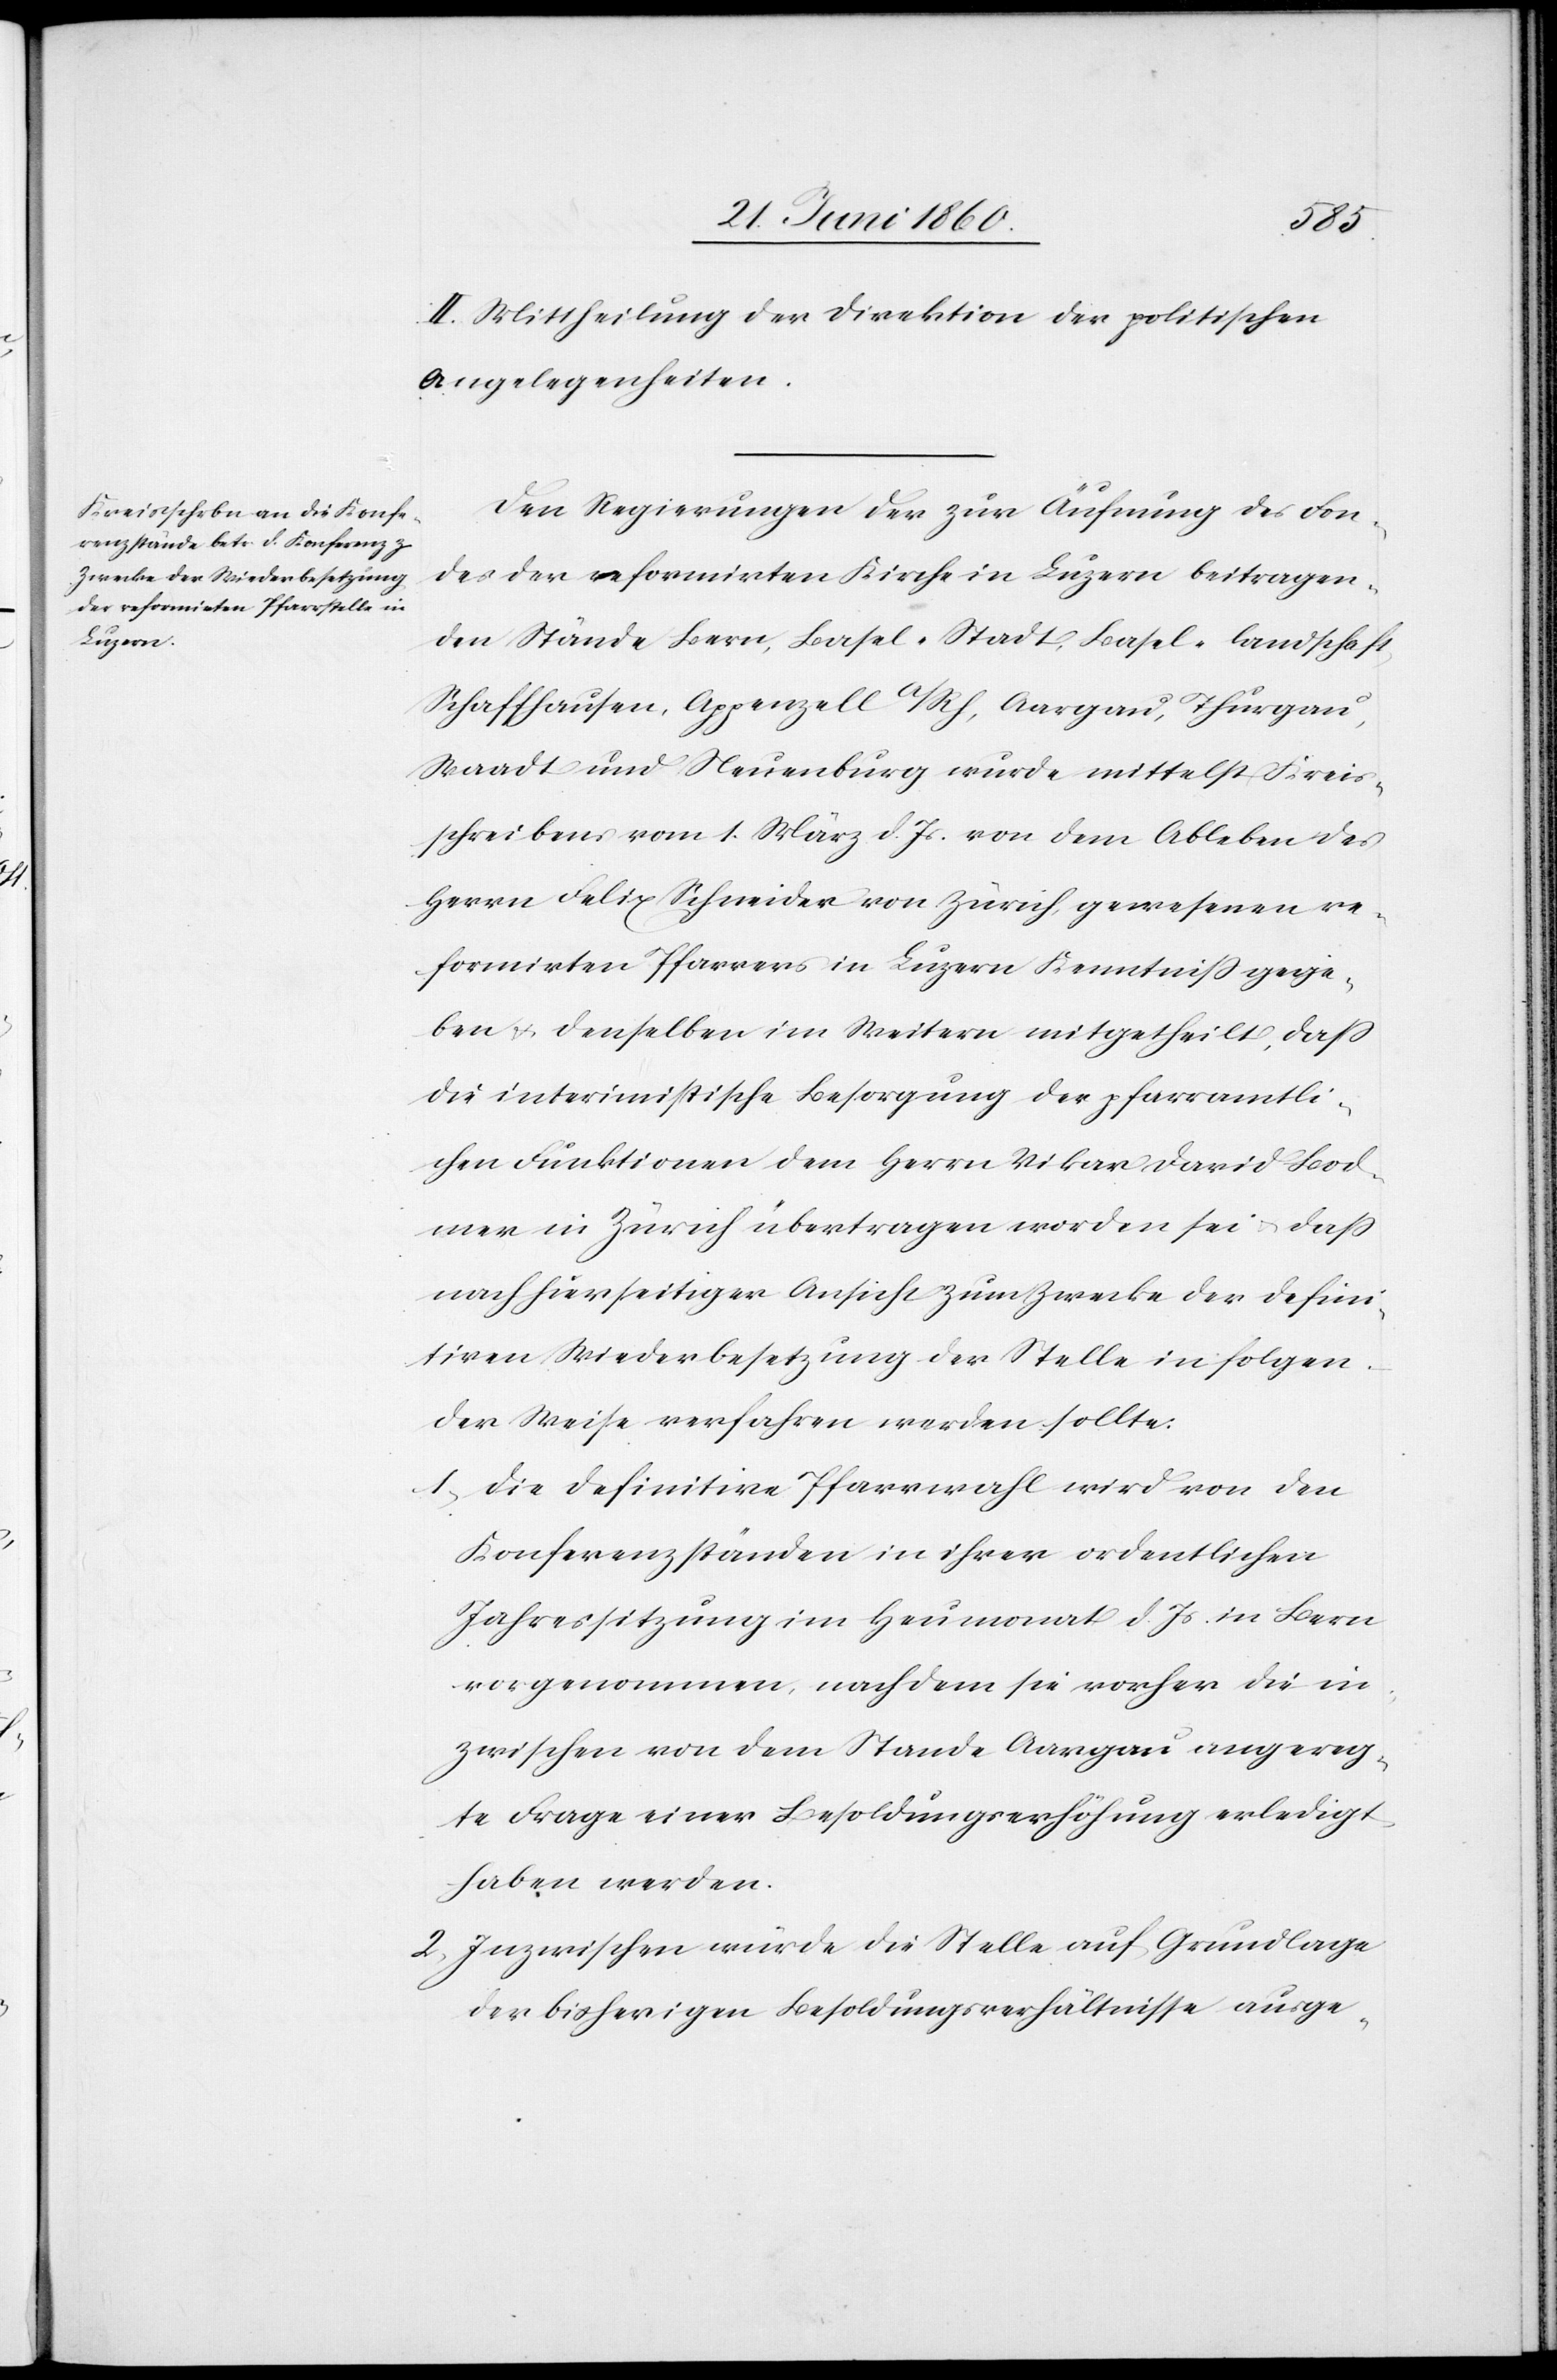
II. Mittheilung der Direktion der politischen
Angelegenheiten.
Den Regierungen der zur Äuffnung des Fon¬
des der reformirten Kirche in Luzern beitragen¬
den Stände Bern, Basel-Stadt, Basel-Landschaft,
Schaffhausen, Appenzell a/Rh, Aargau, Thurgau,
Waadt und Neuenburg wurde mittelst Kreis¬
schreiben vom 1. März d. Js. von dem Ableben des
Herrn Felix Schneider von Zürich, gewesenen re¬
formirten Pfarrers in Luzern Kenntniss gege¬
ben u. denselben im Weitern mitgetheilt, dass
die interimistische Besorgung der pfarramtli¬
chen Funktionen dem Herrn Vikar David Bod¬
mer in Zürich übertragen worden sei u. dass
nach hierseitiger Ansicht zum Zwecke der defini¬
tiven Wiederbesetzung der Stelle in folgen¬
der Weise verfahren werden sollte:
1. Die definitive Pfarrwahl wird von den
Konferenzständen in ihrer ordentlichen
Jahressitzung im Heumonat d. Js. in Bern
vorgenommen, nachdem sie vorher die in¬
zwischen von dem Stande Aargau angereg¬
te Frage einer Besoldungserhöhung erledigt
haben werden.
2. Inzwischen würde die Stelle auf Grundlage
der bisherigen Besoldungsverhältnisse ausge-